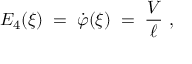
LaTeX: E _ { 4 } ( \xi ) \; = \; \dot { \varphi } ( \xi ) \; = \; \frac V \ell ~ ,